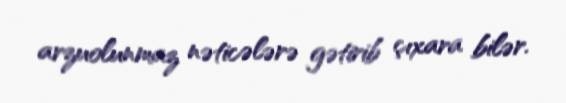
arzuolunmaz nəticələrə gətirib çıxara bilər.